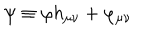
\psi \equiv \varphi h _ { \mu \nu } + \varphi _ { \mu \nu }